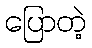
ပြောတဲ့